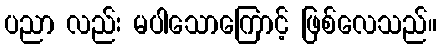
ပညာ လည်း မပါသောကြောင့် ဖြစ်လေသည်။